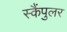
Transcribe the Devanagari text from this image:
स्कैंपुलर